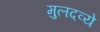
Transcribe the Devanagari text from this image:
मुलदव्ये